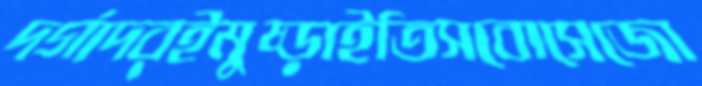
দর্গাদরইমুষ্‌ড়াইতিসবোসেজো